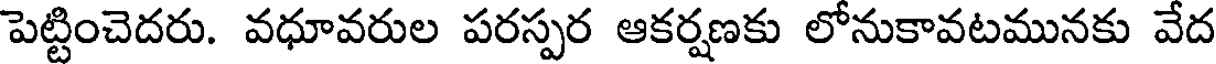
పెట్టించెదరు. వధూవరుల పరస్పర ఆకర్షణకు లోనుకావటమునకు వేద